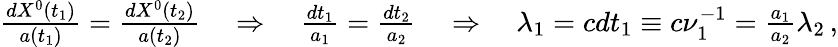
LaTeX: \begin{array}{r}{\frac{dX^{0}(t_{1})}{a(t_{1})}=\frac{dX^{0}(t_{2})}{a(t_{2})}\quad\Rightarrow\quad\frac{dt_{1}}{a_{1}}=\frac{dt_{2}}{a_{2}}\quad\Rightarrow\quad\lambda_{1}=cdt_{1}\equiv c\nu_{1}^{-1}=\frac{a_{1}}{a_{2}}\lambda_{2}\, ,}\end{array}